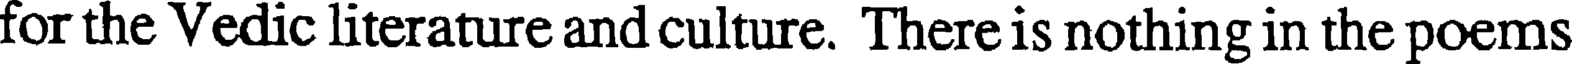
for the Vedic literature and culture. There is nothing in the poems